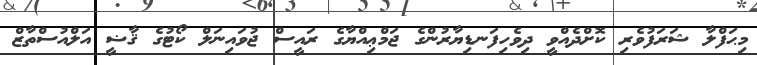
މިޙަފްލާ ޝަރަފުވެރި ކޮށްދެއްވީ ދިވެހިފަނޑިޔާރުންގެ ޖަމްޢިއްޔާގެ ރައީސް ޖުވައިނަލް ކޯޓުގެ ޤާޟީ އަލްއުސްތާޒް